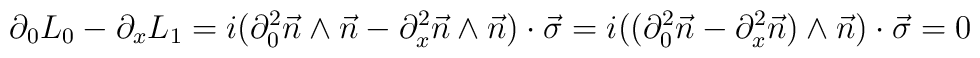
\partial_{0}L_{0} - \partial_{x}L_{1} = i(\partial_{0}^2 \vec{n} \wedge \vec{n} - \partial_{x}^2 \vec{n} \wedge\vec{n}) \cdot\vec{\sigma}  = i((\partial_{0}^2 \vec{n} - \partial_{x}^2 \vec{n})\wedge\vec{n})  \cdot \vec{\sigma} = 0